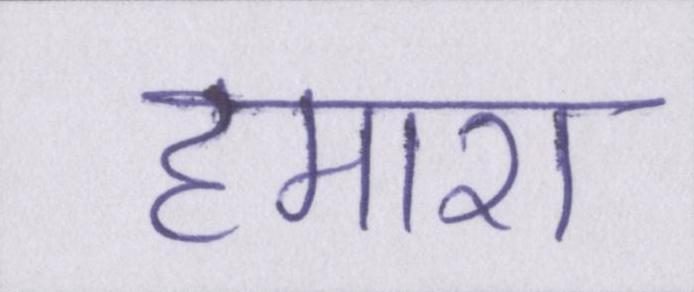
हमारा